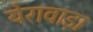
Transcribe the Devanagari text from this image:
येरावाड़ा